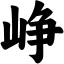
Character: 峥